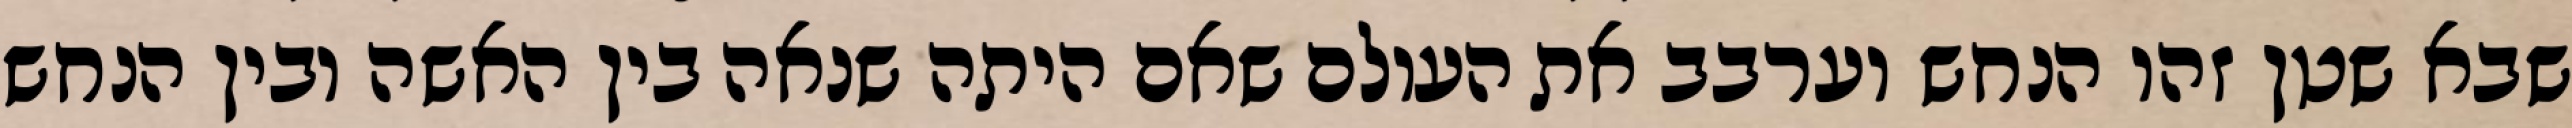
שבא שטן זהו הנחש וערבב את העולם שאם היתה שנאה בין האשה ובין הנחש